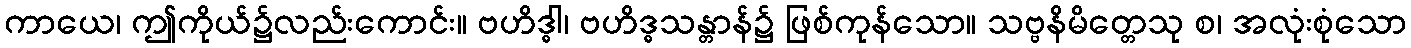
ကာယေ၊ ဤကိုယ်၌လည်းကောင်း။ ဗဟိဒ္ဓါ၊ ဗဟိဒ္ဓသန္တာန်၌ ဖြစ်ကုန်သော။ သဗ္ဗနိမိတ္တေသု စ၊ အလုံးစုံသော